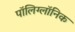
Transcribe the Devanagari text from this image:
पॉलिग्लॉनिक